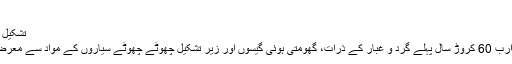
مترجم
تشکیلِ ارض کی داستان
زمین آج سے 4 ارب 60 کروڑ سال پہلے گرد و غبار کے ذرّات، گھومتی ہوئی گیسوں اور زیرِ تشکیل چھوٹے چھوٹے سیاروں کے مواد سے معرضِ وُجود میں آئی۔